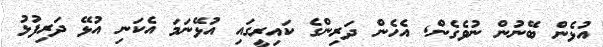
އުޅެން ބޭނުން ނުވެގެން